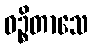
ဝဉ္စိတာသေ